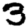
Digit: 3